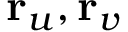
\mathbf { r } _ { u } , \mathbf { r } _ { v }